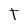
Character: t